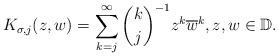
LaTeX: \begin{align*}K_{\sigma, j}(z,w)=\sum_{k=j}^\infty \binom{k}{j}^{-1} z^k\overline{w}^k, z, w\in \mathbb D.\end{align*}